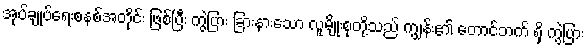
အုပ်ချုပ်ရေးစနစ်အတိုင်း ဖြစ်ပြီး ကွဲပြား ခြားနားသော လူမျိုးစုတို့သည် ကျွန်း၏ တောင်ဘက် ရှိ ကွဲပြား